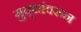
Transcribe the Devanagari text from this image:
मुद्द्यांवरून